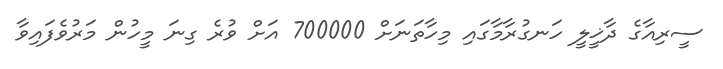
ސީރިއާގެ ދާޚީލީ ހަނގުރާމާގައި މިހާތަނަށް 700000 އަށް ވުރެ ގިނަ މީހުން މަރުވެފައިވާ